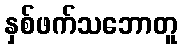
နှစ်ဖက်သဘောတူ